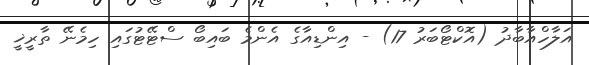
އަލާހްއާބާދު (އޮކްޓޯބަރު 17) - އިންޑިއާގެ އެންމެ ބައިބޯ ސްޓޭޓުގައި ހިމެނޭ ތާރީޚީ